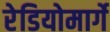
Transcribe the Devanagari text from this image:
रेडियोमार्गे